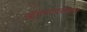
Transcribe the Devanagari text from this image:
ऑगस्टदरम्यान